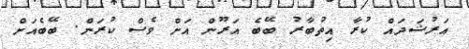
އަރުޝަދައް ކުރާ އިތުބާރު ބޭބެ އަރޫން އަށް ވެސް ކުރަން. ބޭބެއަށް